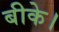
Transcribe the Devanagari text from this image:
बीके।